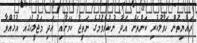
ރައްޔިތުން ހަވާލުކުރި ކަންތަށް އަދާ ނުކުރެވުމުގެ ނަތީޖާ ކަމަށާއި އަދި މަޖުލީހުގައި އުޅުއްވާ